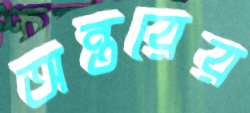
অন্তরের